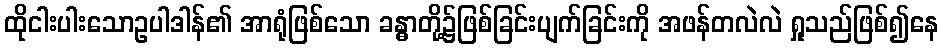
ထိုငါးပါးသောဥပါဒါန်၏ အာရုံဖြစ်သော ခန္ဓာတို့၌ဖြစ်ခြင်းပျက်ခြင်းကို အဖန်တလဲလဲ ရှုသည်ဖြစ်၍နေ